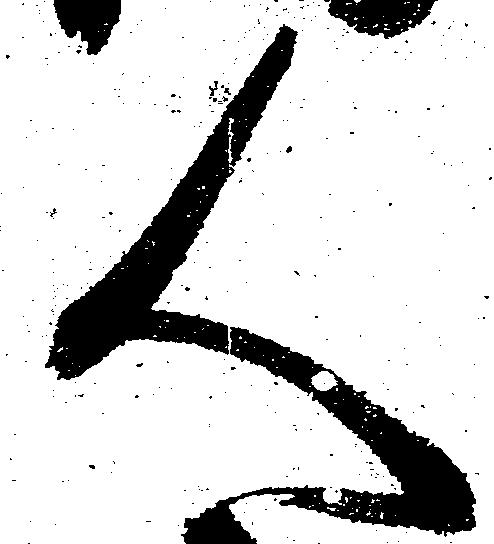
人